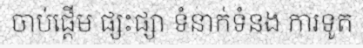
ចាប់ផ្តើម ផ្សះផ្សា ទំនាក់ទំនង ការទូត